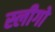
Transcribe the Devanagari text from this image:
स्लीगो